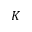
K